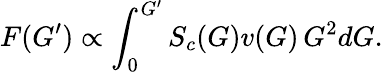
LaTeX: F(G^{\prime})\propto\int_{0}^{G^{\prime}}S_{c}(G)v(G)\, G^{2}dG.